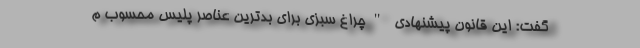
گفت: این قانون پیشنهادی "چراغ سبزی برای بدترین عناصر پلیس محسوب م